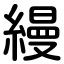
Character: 縵